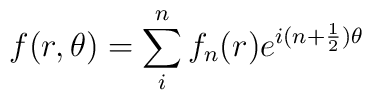
\displaystyle f(r,\theta)= \sum_{i}^{n}{f_{n}(r) e^{i(n+\frac{1}{2})\theta }}